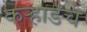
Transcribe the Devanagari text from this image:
कऱ्हाडचे